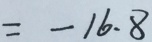
= - 1 6 . 8